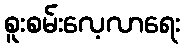
စူးစမ်းလေ့လာရေး